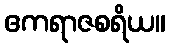
ဧကရာဇစရိယ။